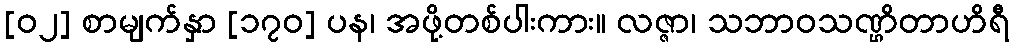
[၀၂] စာမျက်နှာ [၁၇၀] ပန၊ အဖို့တစ်ပါးကား။ လဇ္ဇာ၊ သဘာဝသဏ္ဌိတာဟိရီ